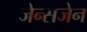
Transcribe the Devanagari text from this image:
जेन्सजेन